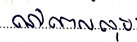
នៅពេលលុប